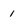
Character: 1